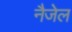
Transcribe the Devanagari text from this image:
नैजेल